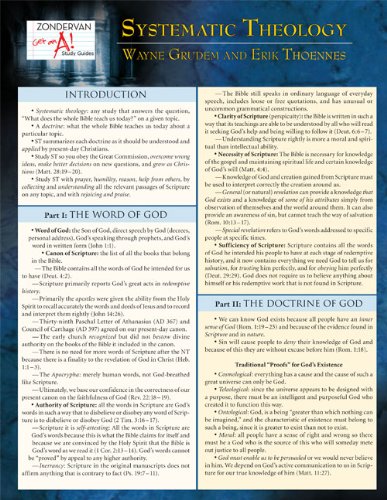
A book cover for Systematic Theology Laminated Sheet (Zondervan Get an A! Study Guides); Wayne A. Grudem; Christian Books & Bibles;